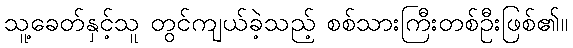
သူ့ခေတ်နှင့်သူ တွင်ကျယ်ခဲ့သည့် စစ်သားကြီးတစ်ဦးဖြစ်၏။